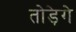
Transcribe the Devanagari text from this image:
तोड़ेगे